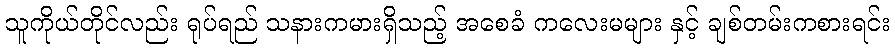
သူကိုယ်တိုင်လည်း ရုပ်ရည် သနားကမားရှိသည့် အစေခံ ကလေးမများ နှင့် ချစ်တမ်းကစားရင်း